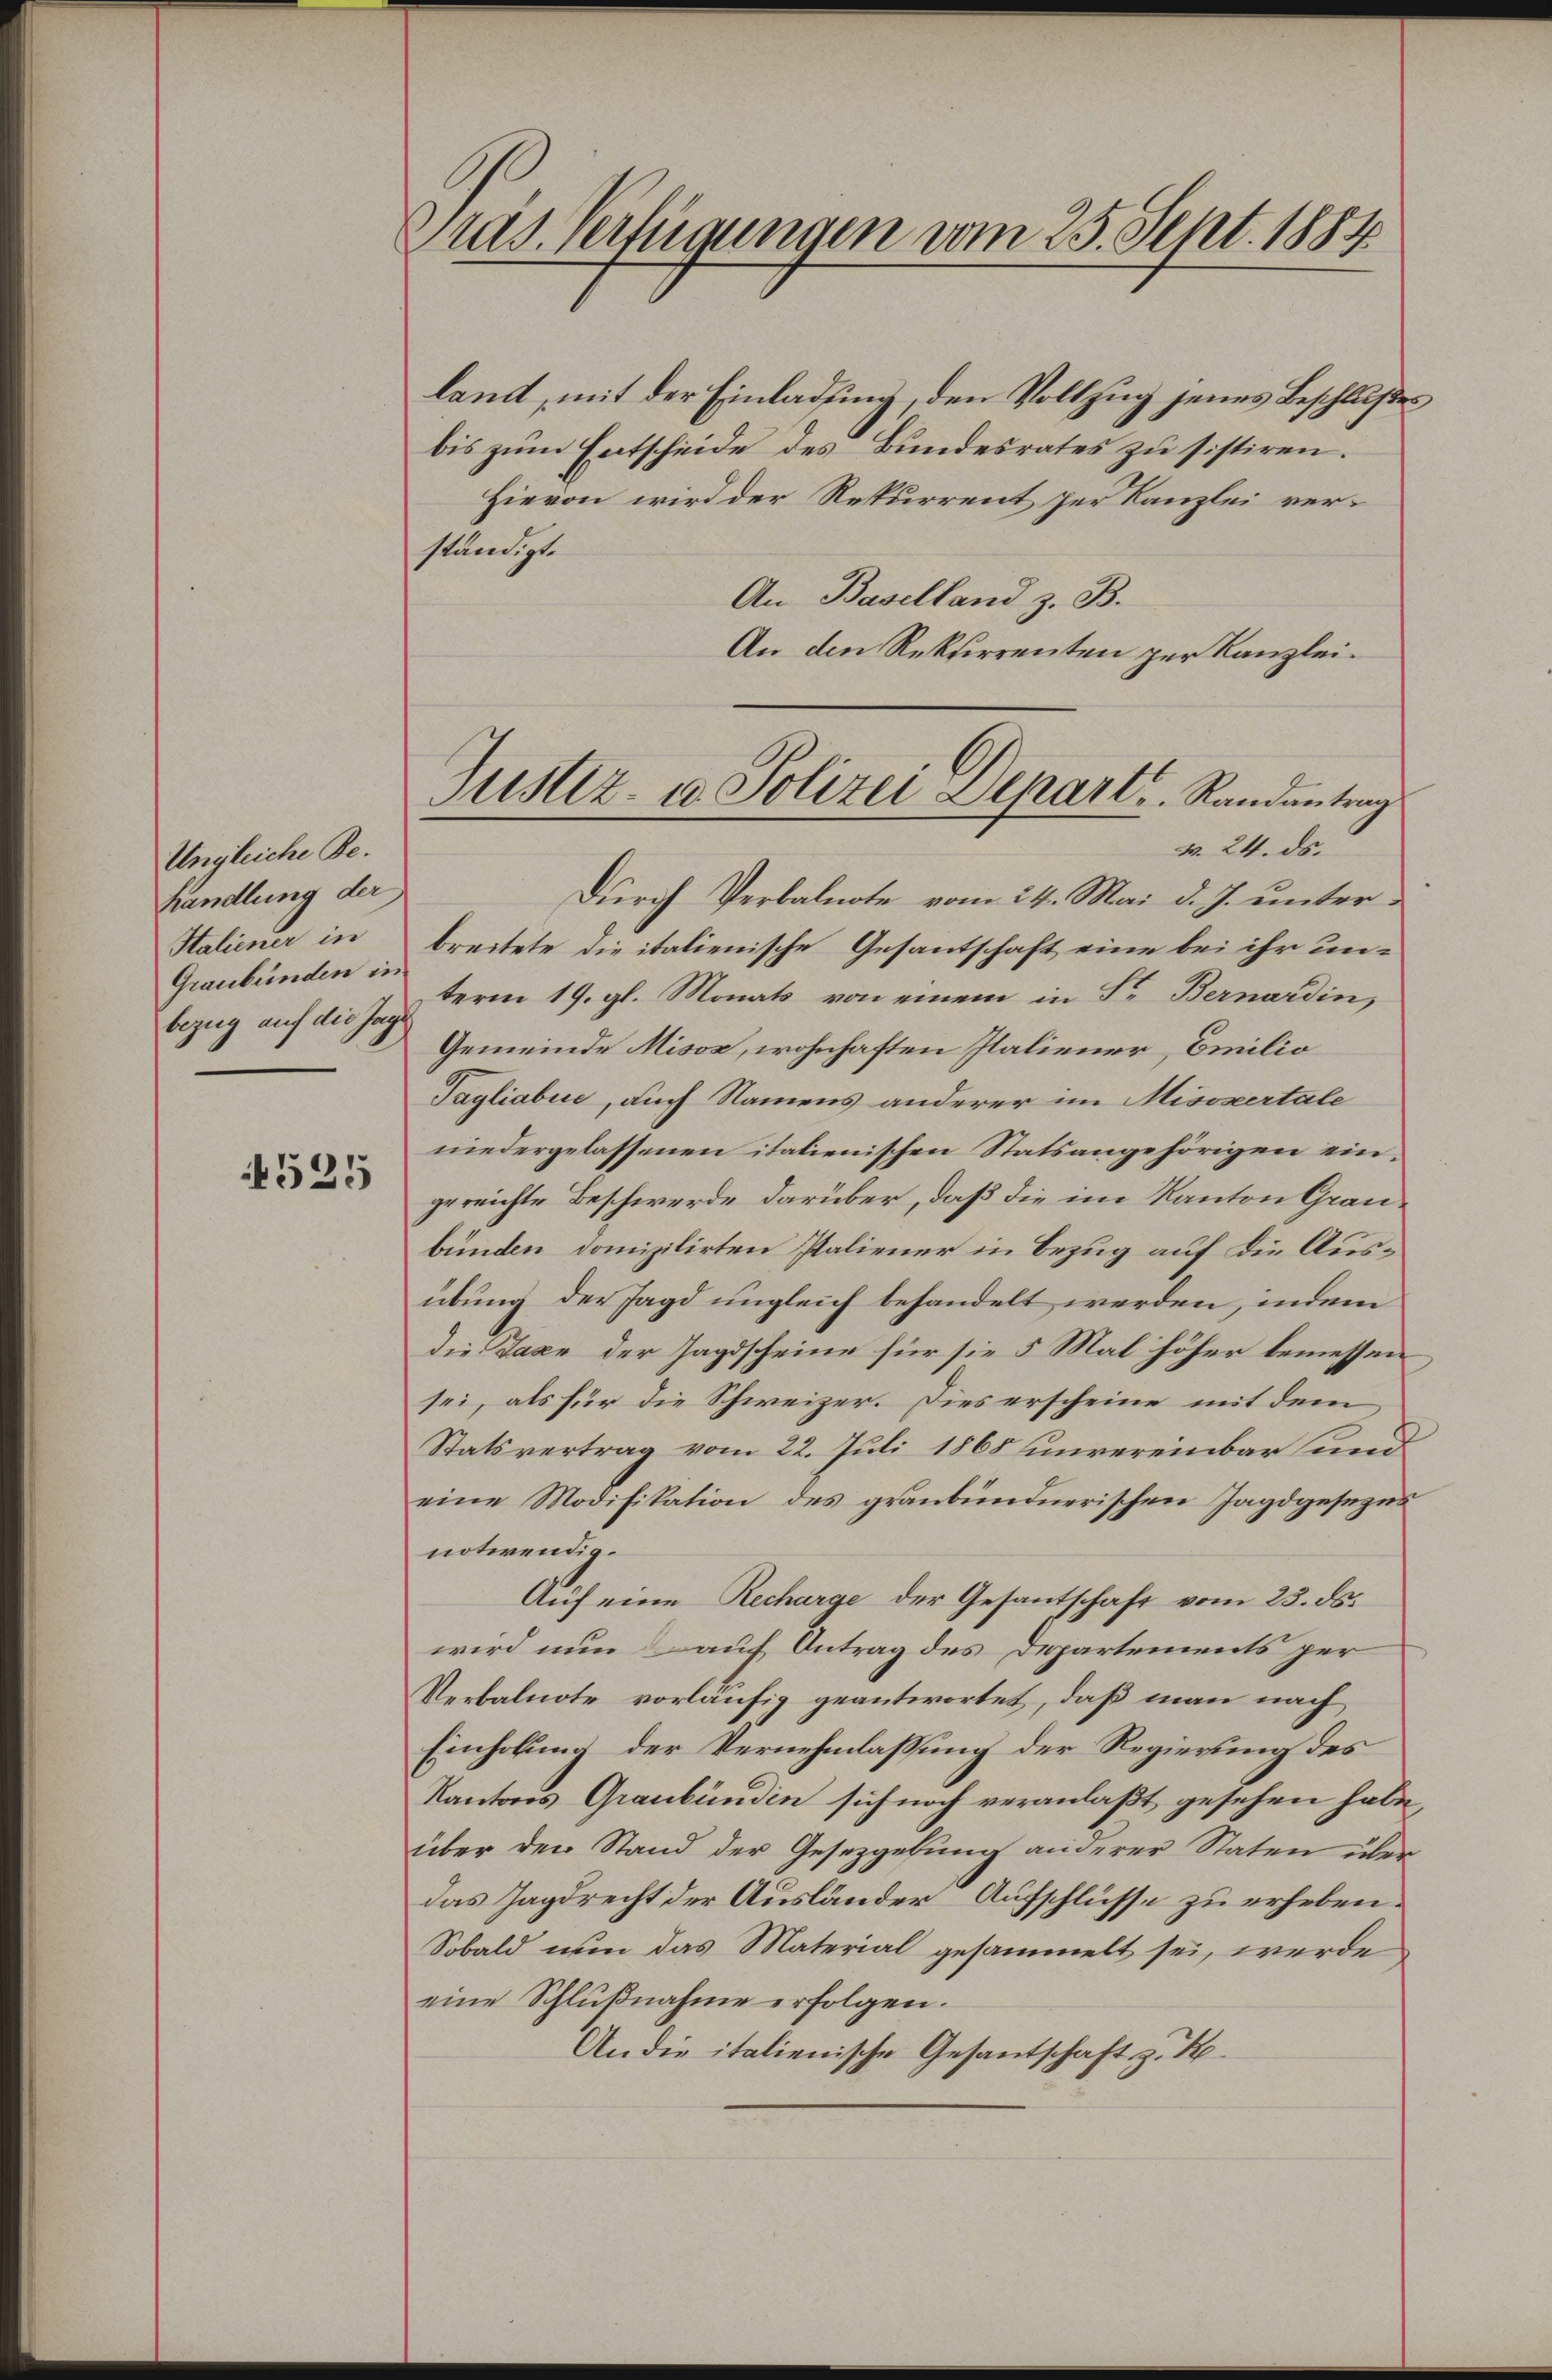
Ungleiche Be-
handlung der
Staliener in
Graubünden in
bezug auf die Jag

4525

Pras, verfügungen vom 25. Sept. 1884

land, mit der Einladung, den Vollzug jenes Beschlußes
bis zum Entscheide des Bundesrates zu sistiren.
Hievon wird der Rekurrent per Kanzlei verständigt.
An Baselland z. B.
An den Rektirrenten per Kanzlei.
Durch Verbalnote vom 24. Mai d. J. unterbreitete die italienische Gesantschaft eine bei ihr unterm 19. gl. Monats von einem in Dr. Bernardin
Gemeinde Misox, wohnhaften Italiener, Emilio
Tagliabić, auch Namens anderer im Misssertale
niedergelassenen italienischen Statsangehörigen eingereichte Beschwerde darüber, daß die im Kanton Graubunden domizilirten Paliener in Bezug auf die Ausübung der Jagd ungleich behandelt werden, indem
die Taxe der Jagdscheine für sie 5 Mal höher bemessen
sei, als für die Schweizer. Dies erscheine mit dem
Statsvertrag vom 22. Juli 1865 unvereinbar und
eine Modifikation des graubündnerischen Jagdgesezes
notwendig.
Auf eine Recharge der Gesantschaft vom 25. ds.
wird nun auf Antrag des Departements per
Verbalnote vorläufig geantwortet, daß man nach
Einholung der Vernehmlassung der Regierung des
Kantons Graubünden sich noch veranlaßt gesehen habe,
über den Stand der Gesetzgebung anderer Staten überdas Jagdrecht der Ausländer Aufschlüsse zu erheben.
Sobald nun das Material gesammelt sei, werde
eine Schlußnahme erfolgen.
An die italienische Gesantschaft z. B.

Justiz- u Polizei Depart. Randantrags
N. 24. ds.